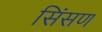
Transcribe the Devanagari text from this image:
सिंसण